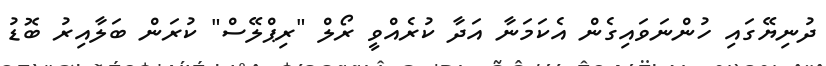
ދުނިޔޭގައި ހުންނަވައިގެން އެކަމަނާ އަދާ ކުރެއްވީ ރޯލް "ރިޕްލޭސް" ކުރަން ބަލާއިރު ބޮޑު